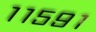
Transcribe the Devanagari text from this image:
११५९१